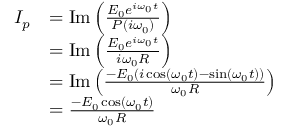
{ \begin{array} { r l } { I _ { p } } & { = \operatorname { I m } \left( { \frac { E _ { 0 } e ^ { i \omega _ { 0 } t } } { P ( i \omega _ { 0 } ) } } \right) } \\ & { = \operatorname { I m } \left( { \frac { E _ { 0 } e ^ { i \omega _ { 0 } t } } { i \omega _ { 0 } R } } \right) } \\ & { = \operatorname { I m } \left( { \frac { - E _ { 0 } ( i \cos ( \omega _ { 0 } t ) - \sin ( \omega _ { 0 } t ) ) } { \omega _ { 0 } R } } \right) } \\ & { = { \frac { - E _ { 0 } \cos ( \omega _ { 0 } t ) } { \omega _ { 0 } R } } } \end{array} }